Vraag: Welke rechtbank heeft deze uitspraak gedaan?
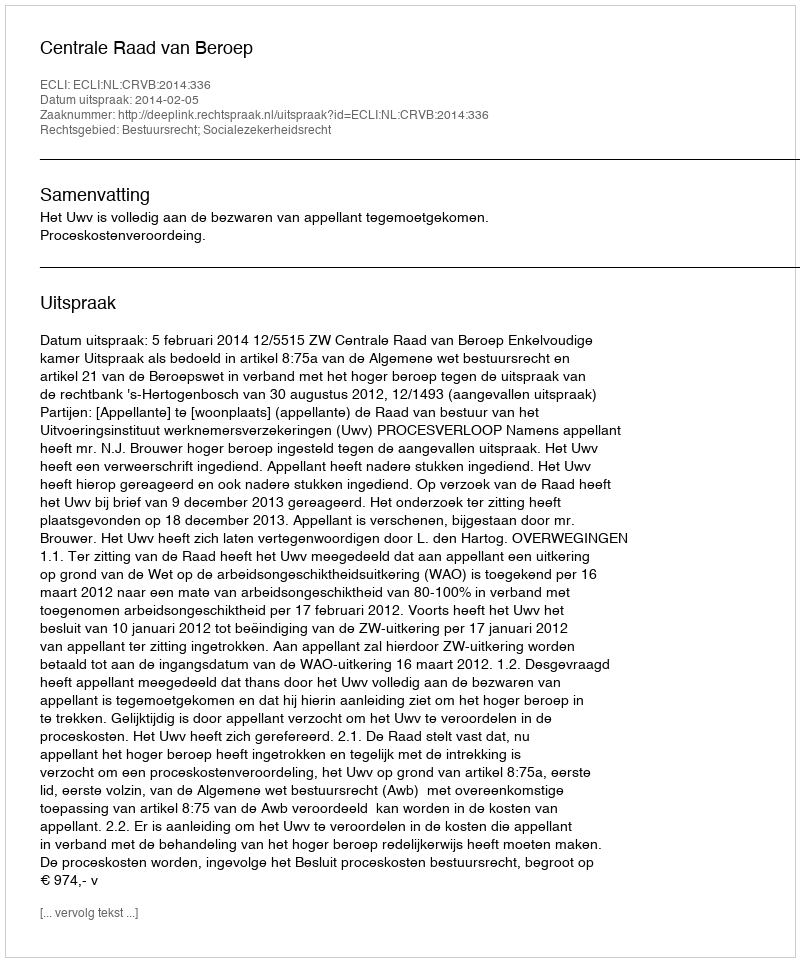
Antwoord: Centrale Raad van Beroep